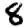
Digit: 8